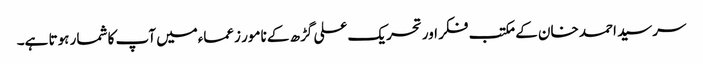
سرسید احمد خان کے مکتب فکر اور تحریک علی گڑھ کے نامور زعماءمیں آپ کا شمار ہوتا ہے۔